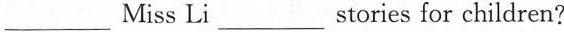
___(Miss Li)___stories for children?